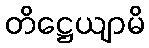
တိဋ္ဌေယျာမိ